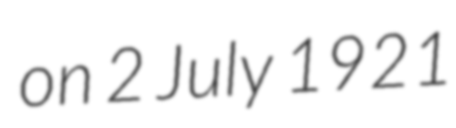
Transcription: on 2 July 1921